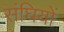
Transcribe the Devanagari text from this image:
संघियों